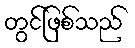
တွင်ဖြစ်သည်